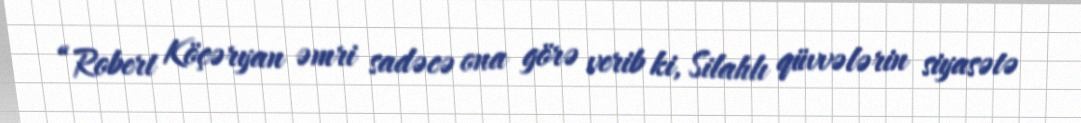
“Robert Köçəryan əmri sadəcə ona görə verib ki, Silahlı qüvvələrin siyasətə